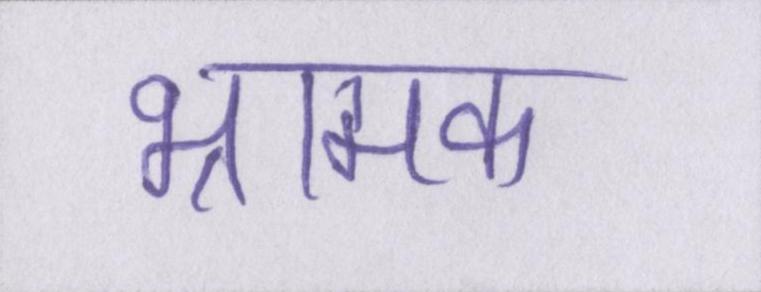
भ्रामक